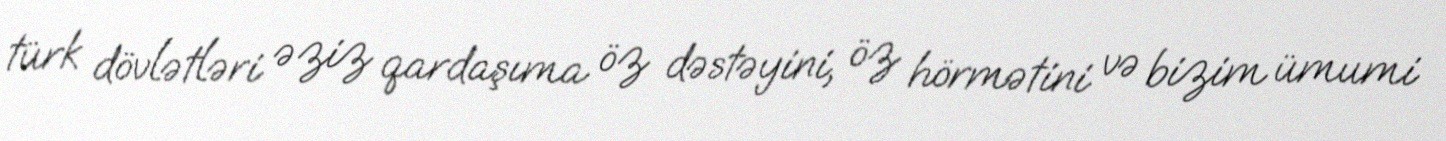
türk dövlətləri əziz qardaşıma öz dəstəyini, öz hörmətini və bizim ümumi